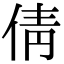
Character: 倩